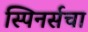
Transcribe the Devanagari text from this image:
स्पिनर्सचा